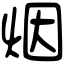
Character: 烟